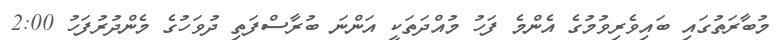
މުބާރަތުގައި ބައިވެރިވުމުގެ އެންމެ ފަހު މުއްދަތަކީ އަންނަ ބުރާސްފަތި ދުވަހުގެ މެންދުރުުފަހު 2:00